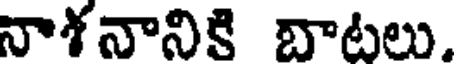
నాశనానికి బాటలు,